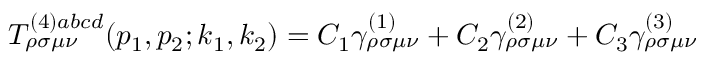
T _ { \rho \sigma \mu \nu } ^ { ( 4 ) a b c d } ( p _ { 1 } , p _ { 2 } ; k _ { 1 } , k _ { 2 } ) = C _ { 1 } \gamma _ { \rho \sigma \mu \nu } ^ { ( 1 ) } + C _ { 2 } \gamma _ { \rho \sigma \mu \nu } ^ { ( 2 ) } + C _ { 3 } \gamma _ { \rho \sigma \mu \nu } ^ { ( 3 ) }